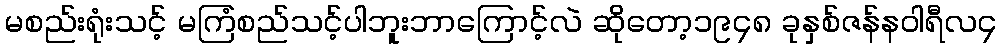
မစည်းရုံးသင့် မကြံစည်သင့်ပါဘူးဘာကြောင့်လဲ ဆိုတော့၁၉၄၈ ခုနှစ်ဇန်နဝါရီလ၄